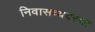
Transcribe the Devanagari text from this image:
निवासव्यवस्था